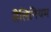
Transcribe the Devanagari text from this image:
सैलिनियम